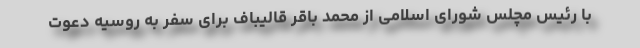
با رئیس مچلس شورای اسلامی از محمد باقر قالیباف برای سفر به روسیه دعوت